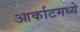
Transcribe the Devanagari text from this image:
आर्काटमध्ये